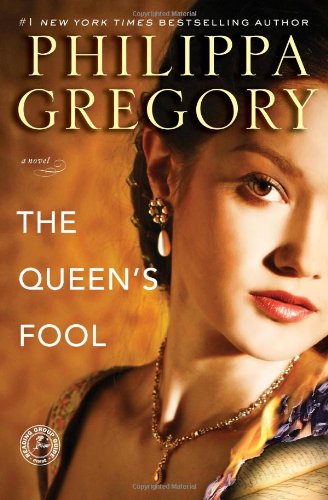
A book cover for The Queen's Fool; Philippa Gregory; Literature & Fiction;